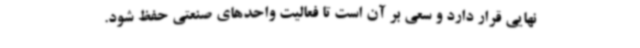
نهایی قرار دارد و سعی بر آن است تا فعالیت واحدهای صنعتی حفظ شود.